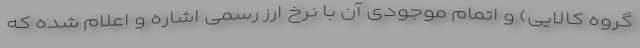
گروه کالایی) و اتمام موجودی آن با نرخ ارز رسمی اشاره و اعلام شده که